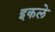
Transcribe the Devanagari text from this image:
इकले